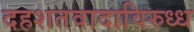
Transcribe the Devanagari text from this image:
दहशतवादाविरुध्ध